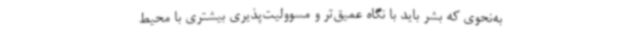
به‌نحوی که بشر باید با نگاه عمیق‌تر و مسوولیت‌پذیری بیشتری با محیط